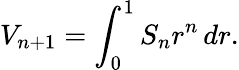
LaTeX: V_{n+1}=\int_{0}^{1}S_{n}r^{n}\, dr.